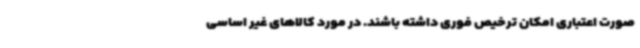
صورت اعتباری امکان ترخیص فوری داشته باشند. در مورد کالاهای غیر اساسی